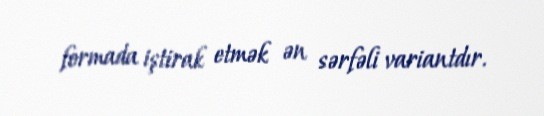
formada iştirak etmək ən sərfəli variantdır.